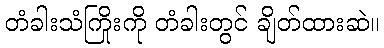
တံခါးသံကြိုးကို တံခါးတွင် ချိတ်ထားဆဲ။